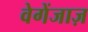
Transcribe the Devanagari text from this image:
वेगेंजाज़